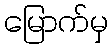
မြောက်မှ